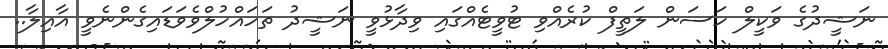
ނަޝީދުގެ ވަކީލް ހަސަން ލަތީފް ކުރެއްވި ޓުވީޓެއްގައި ވިދާޅުވީ ނަޝީދު ތަހައްހުލްވެވަޑައިގެންނެވީ އާއިލާ..